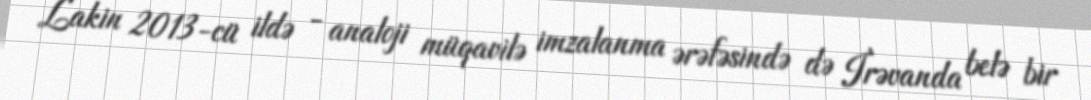
Lakin 2013-cü ildə - analoji müqavilə imzalanma ərəfəsində də İrəvanda belə bir